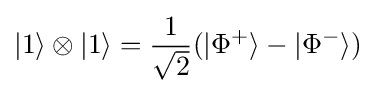
|1\rangle \otimes |1\rangle ={\frac {1}{\sqrt {2}}}(|\Phi ^{+}\rangle -|\Phi ^{-}\rangle )